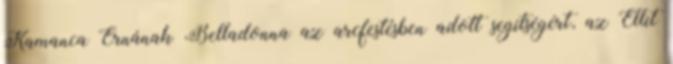
Kamanca Ernának Belladonna az arcfestésben adott segítségért, az Ellit